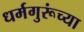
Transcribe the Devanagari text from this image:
धर्मगुरूंच्या